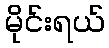
မိုင်းရယ်